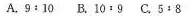
A.9:10 B.10﹔9 C.5:8